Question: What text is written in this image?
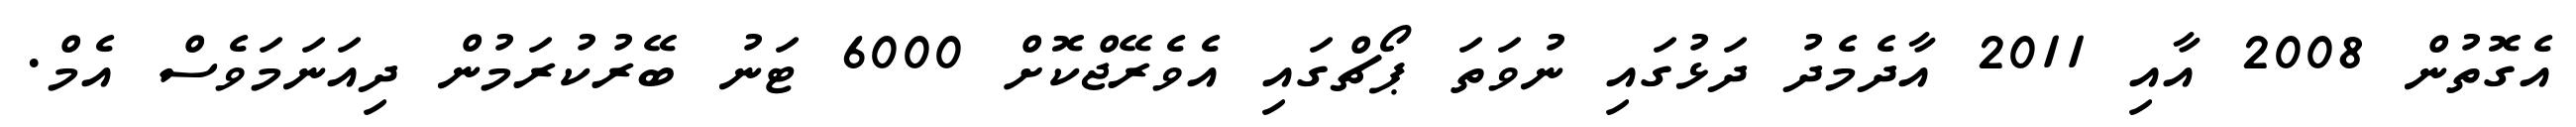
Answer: އެގޮތުން 2008 އާއި 2011 އާދެމެދު ދަޅުގައި ނުވަތަ ޕޯޗްގައި އެވެރޭޖްކޮށް 6000 ޓަނު ބޭރުކުރަމުން ދިއަނަމަވެސް އެމް.